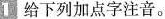
1 给下列加点字注音。